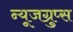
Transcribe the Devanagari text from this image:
न्यूजग्रुप्स